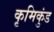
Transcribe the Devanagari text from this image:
कृमिकुंड